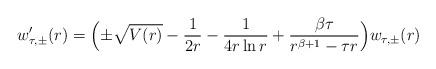
LaTeX: \begin{align*} w_{\tau, \pm}' (r) = \Bigl(\pm\sqrt{V (r)} - \frac{1}{2 r} - \frac{1}{4 r \ln r} + \frac{\beta \tau}{r^{\beta + 1} - \tau r} \Bigr) w_{\tau, \pm} (r)\end{align*}